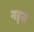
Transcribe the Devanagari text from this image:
नड़्स